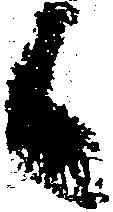
候